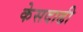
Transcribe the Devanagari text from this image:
केसदाढी